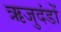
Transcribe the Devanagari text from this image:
ऋजुदंडों